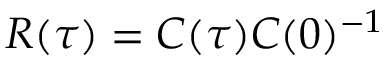
\boldsymbol { R } ( \tau ) = \boldsymbol { C } ( \tau ) \boldsymbol { C } ( 0 ) ^ { - 1 }